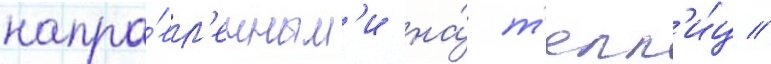
напра́вл'енным'и на́ т'епл'и́ц //